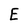
Character: E